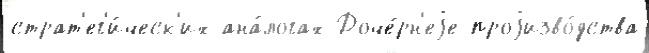
страт'ег'и́ческ'их ана́логах Доче́рн'еjе проjизво́дства